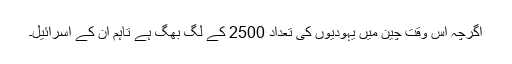
اگرچہ اس وقت چین میں یہودیوں کی تعداد 2500 کے لگ بھگ ہے تاہم ان کے اسرائیل۔